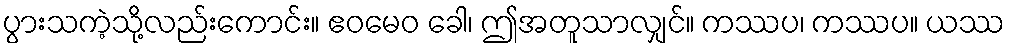
ပွားသကဲ့သို့လည်းကောင်း။ ဧဝမေဝ ခေါ၊ ဤအတူသာလျှင်။ ကဿပ၊ ကဿပ။ ယဿ